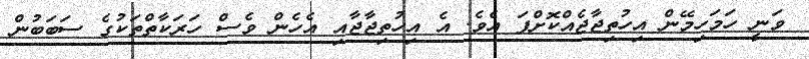
ވަނީ ހަމަހިމޭން އިހުތިޖާޖެއްކޮށްފަ އެވެ. އެ އިހުތިޖާޖާއި އެހެން ވެސް ހަރަކާތްތަކުގެ ސަބަބުން